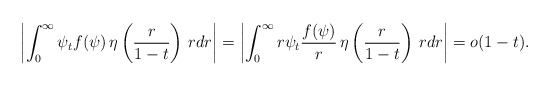
\begin{align*}\left|\int_0^{\infty}\psi_tf(\psi)\,\eta\left(\frac{r}{1-t}\right)\,rdr\right|=\left|\int_0^{\infty}r\psi_t\frac{f(\psi)}{r}\,\eta\left(\frac{r}{1-t}\right)\,rdr\right|=o(1-t).\end{align*}